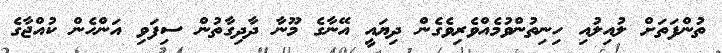
ތުންފަތަށް ލުއިލުއި ހިނިތުންވުމެއްވެރިވެގެން ދިޔައީ އޭނާގެ މޫނާ ދާދިގާތުން ސިފަވި އަންހެން ކުއްޖާގެ